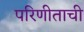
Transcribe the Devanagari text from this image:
परिणीताची